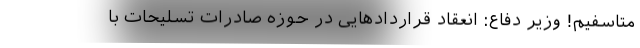
متاسفیم! وزیر دفاع: انعقاد قرارداد‌هایی در حوزه صادرات تسلیحات با